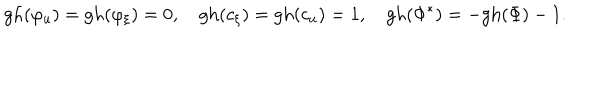
\mathrm { g h } ( \varphi _ { u } ) = \mathrm { g h } ( \varphi _ { \xi } ) = 0 , \quad \mathrm { g h } ( c _ { \xi } ) = \mathrm { g h } ( c _ { u } ) = 1 , \quad \mathrm { g h } ( \Phi ^ { * } ) = - \mathrm { g h } ( \Phi ) - 1 .